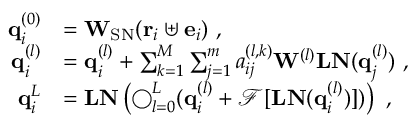
\begin{array} { r l } { \mathbf { q } _ { i } ^ { ( 0 ) } } & { = \mathbf { W } _ { \mathrm { S N } } ( \mathbf { r } _ { i } \uplus \mathbf { e } _ { i } ) ~ , } \\ { \mathbf { q } _ { i } ^ { ( l ) } } & { = \mathbf { q } _ { i } ^ { ( l ) } + \sum _ { k = 1 } ^ { M } \sum _ { j = 1 } ^ { m } a _ { i j } ^ { ( l , k ) } \mathbf { W } ^ { ( l ) } \mathbf { L N } ( \mathbf { q } _ { j } ^ { ( l ) } ) ~ , } \\ { \mathbf { q } _ { i } ^ { L } } & { = \mathbf { L N } \left( \mathbf { \bigcirc } _ { l = 0 } ^ { L } ( \mathbf { q } _ { i } ^ { ( l ) } + \mathcal { F } [ \mathbf { L N } ( \mathbf { q } _ { i } ^ { ( l ) } ) ] ) \right) ~ , } \end{array}